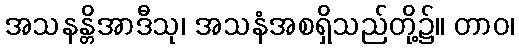
အသနန္တိအာဒီသု၊ အသနံအစရှိသည်တို့၌။ တာဝ၊